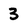
Character: 3